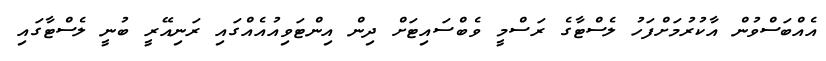
އެއްބަސްވުން އާކުރުމަށްފަހު ލެސްޓާގެ ރަސްމީ ވެބްސައިޓަށް ދިން އިންޓަވިއުއެއްގައި ރަނިއޭރީ ބުނީ ލެސްޓާގައި